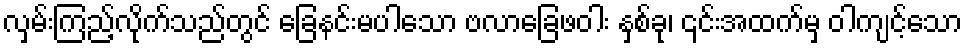
လှမ်းကြည့်လိုက်သည်တွင် ခြေနင်းမပါသော ဗလာခြေဖဝါး နှစ်ခု၊ ၎င်းအထက်မှ ဝါကျင့်သော